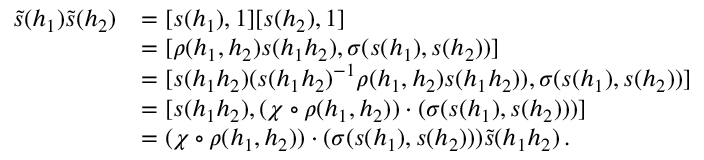
\begin{array} { r l } { \tilde { s } ( h _ { 1 } ) \tilde { s } ( h _ { 2 } ) } & { = [ s ( h _ { 1 } ) , 1 ] [ s ( h _ { 2 } ) , 1 ] } \\ & { = [ \rho ( h _ { 1 } , h _ { 2 } ) s ( h _ { 1 } h _ { 2 } ) , \sigma ( s ( h _ { 1 } ) , s ( h _ { 2 } ) ) ] } \\ & { = [ s ( h _ { 1 } h _ { 2 } ) ( s ( h _ { 1 } h _ { 2 } ) ^ { - 1 } \rho ( h _ { 1 } , h _ { 2 } ) s ( h _ { 1 } h _ { 2 } ) ) , \sigma ( s ( h _ { 1 } ) , s ( h _ { 2 } ) ) ] } \\ & { = [ s ( h _ { 1 } h _ { 2 } ) , ( \chi \circ \rho ( h _ { 1 } , h _ { 2 } ) ) \cdot ( \sigma ( s ( h _ { 1 } ) , s ( h _ { 2 } ) ) ) ] } \\ & { = ( \chi \circ \rho ( h _ { 1 } , h _ { 2 } ) ) \cdot ( \sigma ( s ( h _ { 1 } ) , s ( h _ { 2 } ) ) ) \tilde { s } ( h _ { 1 } h _ { 2 } ) \ensuremath { \, \mathrm { . } } } \end{array}